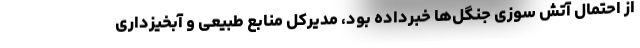
از احتمال آتش سوزی جنگل‌ها خبرداده بود، مدیرکل منابع طبیعی و آبخیزداری